Madras plague regulations and rules for district municipalities and other towns and villages
Disease focus: Plague
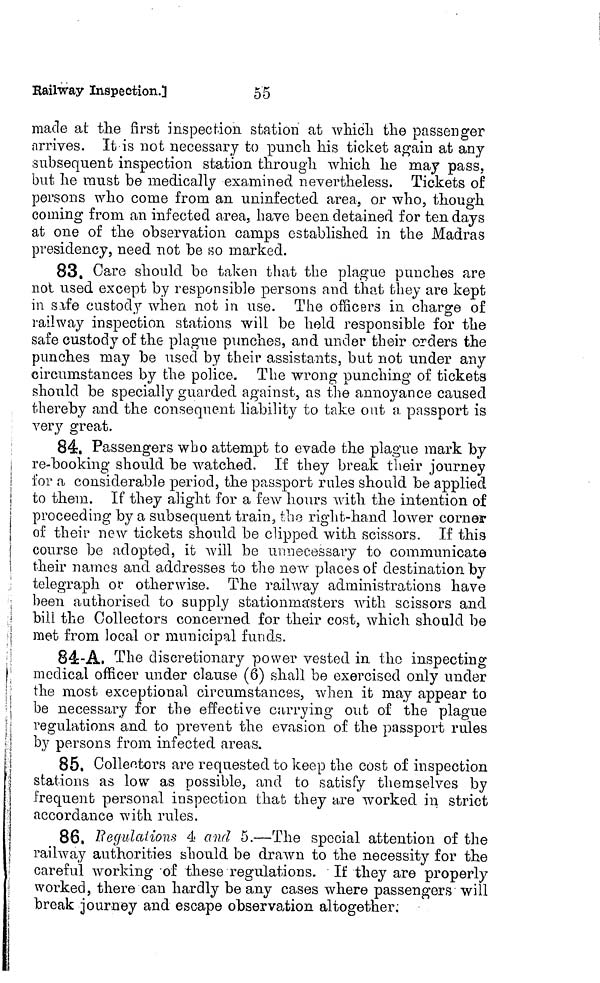
55
Railway Inspection.]
made at the first inspection station at which the passenger
•arrives. It is not necessary to punch his ticket again at any
subsequent inspection station through which he may pass,
but he must be medically examined nevertheless. Tickets of
persons who come from an uninfected area, or who, though
coining from an infected area, have been detained for ten days
at one of the observation camps established in the Madras
presidency, need not be so marked.
83. Care should bo taken that the plague punches are
not used except by responsible persons and that they are kept
in safe custody when not in use. The officers in charge of
railway inspection stations will be held responsible for the
safe custody of the plague punches, and under their orders the
punches may be used by their assistants, but not under any
circumstances by the police. The wrong punching of tickets
should be specially guarded against, as the annoyance caused
thereby and the consequent liability to take ont a passport is
very great.
84. Passengers who attempt to evade the plague mark by
re-booking should be watched. If they break their journey
for a considerable period, the passport rules should be applied
to them. If they alight for a few hours with the intention of
proceeding by a subsequent train, the right-hand lower corner
of their new tickets should be clipped with scissors. If this
course be adopted, it will be unnecessary to communicate
their names and addresses to the new places of destination by
telegraph or otherwise. The railway administrations have
been authorised to supply stationmasters with scissors and
bill the Collectors concerned for their cost, which should be
met from local or municipal funds.
84-A, The discretionary power vested in the inspecting
medical officer under clause (6) shall be exercised only under
the most exceptional circumstances, when it may appear to
be necessary for the effective carrying out of the plague
regulations and to prevent the evasion of the passport rules
by persons from infected areas.
85. Collectors are requested to keep the cost of inspection
stations as low as possible, and to satisfy themselves by
frequent personal inspection that they are worked in strict
accordance with rules.
86. Regulations 4 and 5.—The special attention of the
railway authorities should be drawn to the necessity for the
careful working of these regulations. If they are properly
worked, there can hardly be any cases where passengers will
break journey and escape observation altogether: